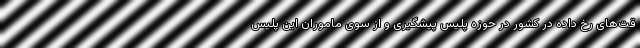
قت‌های رخ داده در کشور در حوزه پلیس پیشگیری و از سوی ماموران این پلیس